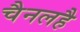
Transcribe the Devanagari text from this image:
चैनलहै